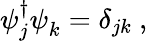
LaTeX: \psi_{j}^{\dagger}\psi_{k}^{}=\delta_{jk}~,